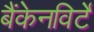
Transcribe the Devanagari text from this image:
बैंकेनविर्टे